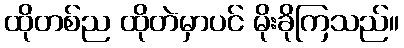
ထိုတစ်ည ထိုတဲမှာပင် မိုးခိုကြသည်။